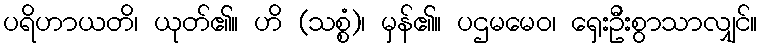
ပရိဟာယတိ၊ ယုတ်၏။ ဟိ (သစ္စံ)၊ မှန်၏။ ပဌမမေဝ၊ ရှေးဦးစွာသာလျှင်။